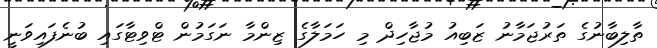
ތާލިބާނުގެ ތަރުޖަމާނު ޒަބިއު މުޖާހިދް މި ހަމަލާގެ ޒިންމާ ނަގަމުން ޓްވިޓާގައި ބުނެފައިވަނީ